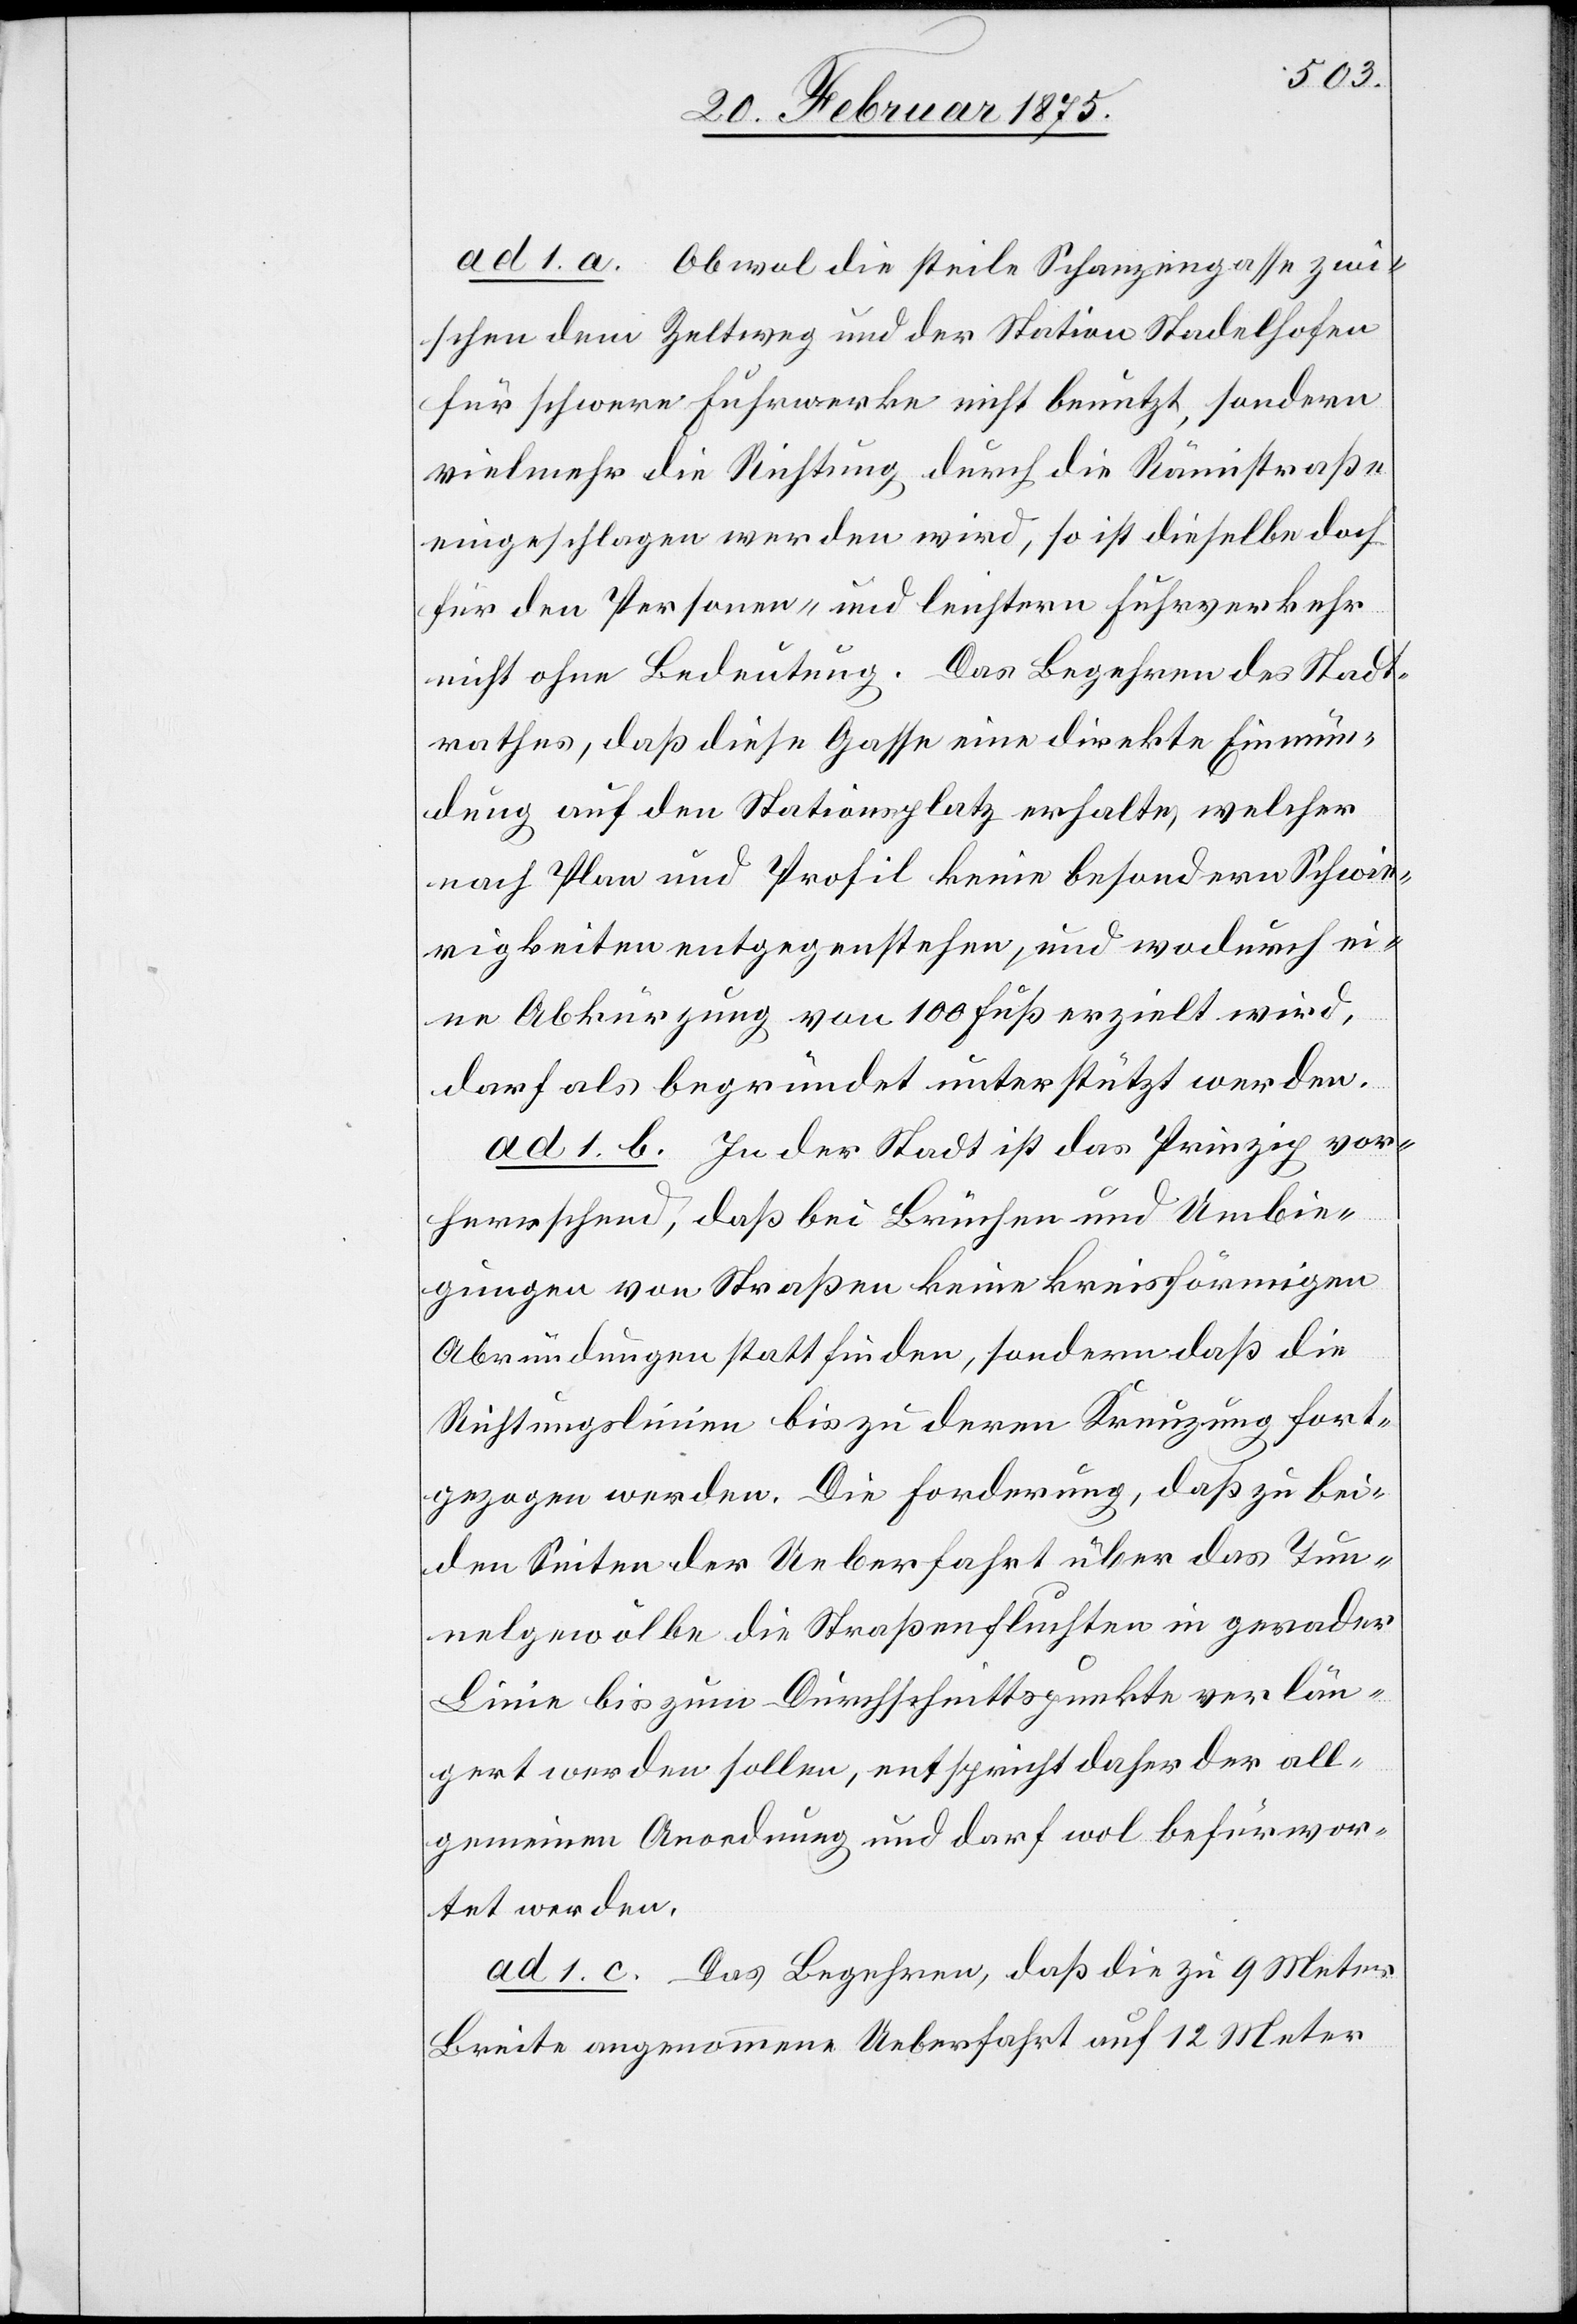
ad 1. a. Obwol die steile Schanzengasse zwi¬
schen dem Zeltweg und der Station Stadelhofen
für schwere Fuhrwerke nicht benutzt, sondern
vielmehr die Richtung durch die Rämistraße
eingeschlagen werden wird, so ist dieselbe doch
für den Personen- und leichtern Fuhrverkehr
nicht ohne Bedeutung. Das Begehren des Stadt¬
rathes, das diese Gasse eine direkte Einmün¬
dung auf den Stationsplatz erhalte, welcher
nach Plan und Profil keine besondern Schwie¬
rigkeiten entgegenstehen, und wodurch ei¬
ne Abkürzung von 100 Fuß erzielt wird,
darf als begründet unterstützt werden.
ad 1. b. In der Stadt ist das Prinzip vor¬
herrschend, daß bei Brüchen und Umbie¬
gungen von Straßen keine kreisförmigen
Abrundungen stattfinden, sondern daß die
Richtungslinien bis zu deren Kreuzung fort¬
gezogen werden. Die Forderung, daß zu bei¬
den Seiten der Ueberfahrt über das Tun¬
nelgewölbe die Straßenfluchten in gerader
Linie bis zum Durchschnittspunkte verlän¬
gert werden sollen, entspricht daher der all¬
gemeinen Anordnung und darf wol befürwor¬
tet werden.
ad 1. c. Das Begehren, daß die zu 9 Meter
Breite angenommene Ueberfahrt auf 12 Meter